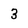
Character: 3